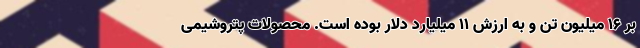
بر ۱۶ میلیون تن و به ارزش ۱۱ میلیارد دلار بوده است. محصولات پتروشیمی